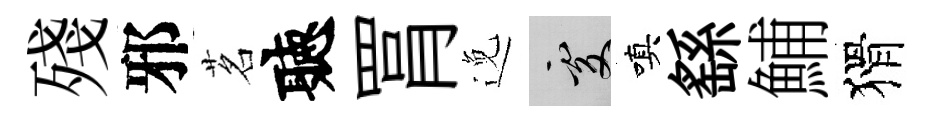
殘邪茗聽罥𨓜處嗔繇鯆猾